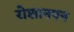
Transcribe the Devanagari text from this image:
रोशानपन